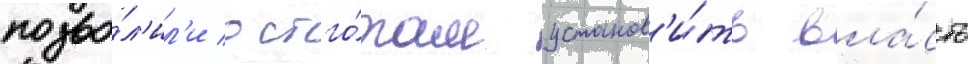
позво́л'ил'и остго́там установ'и́ть вла́сть